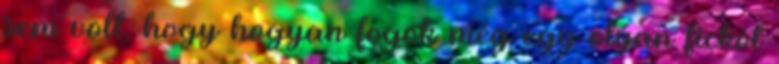
sem volt, hogy hogyan fogok még egy olyan fickót